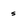
Character: s